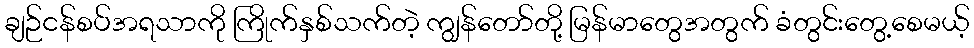
ချဉ်ငန်စပ်အရသာကို ကြိုက်နှစ်သက်တဲ့ ကျွန်တော်တို့ မြန်မာတွေအတွက် ခံတွင်းတွေ့စေမယ့်